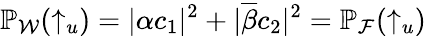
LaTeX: \mathbb{P}_{\mathcal{W}}(\uparrow_{u})=\lvert\alpha c_{1}\rvert^{2}+\lvert\overline{{\beta}}c_{2}\rvert^{2}=\mathbb{P}_{\mathcal{F}}(\uparrow_{u})